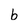
Character: b